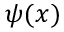
\psi ( x )